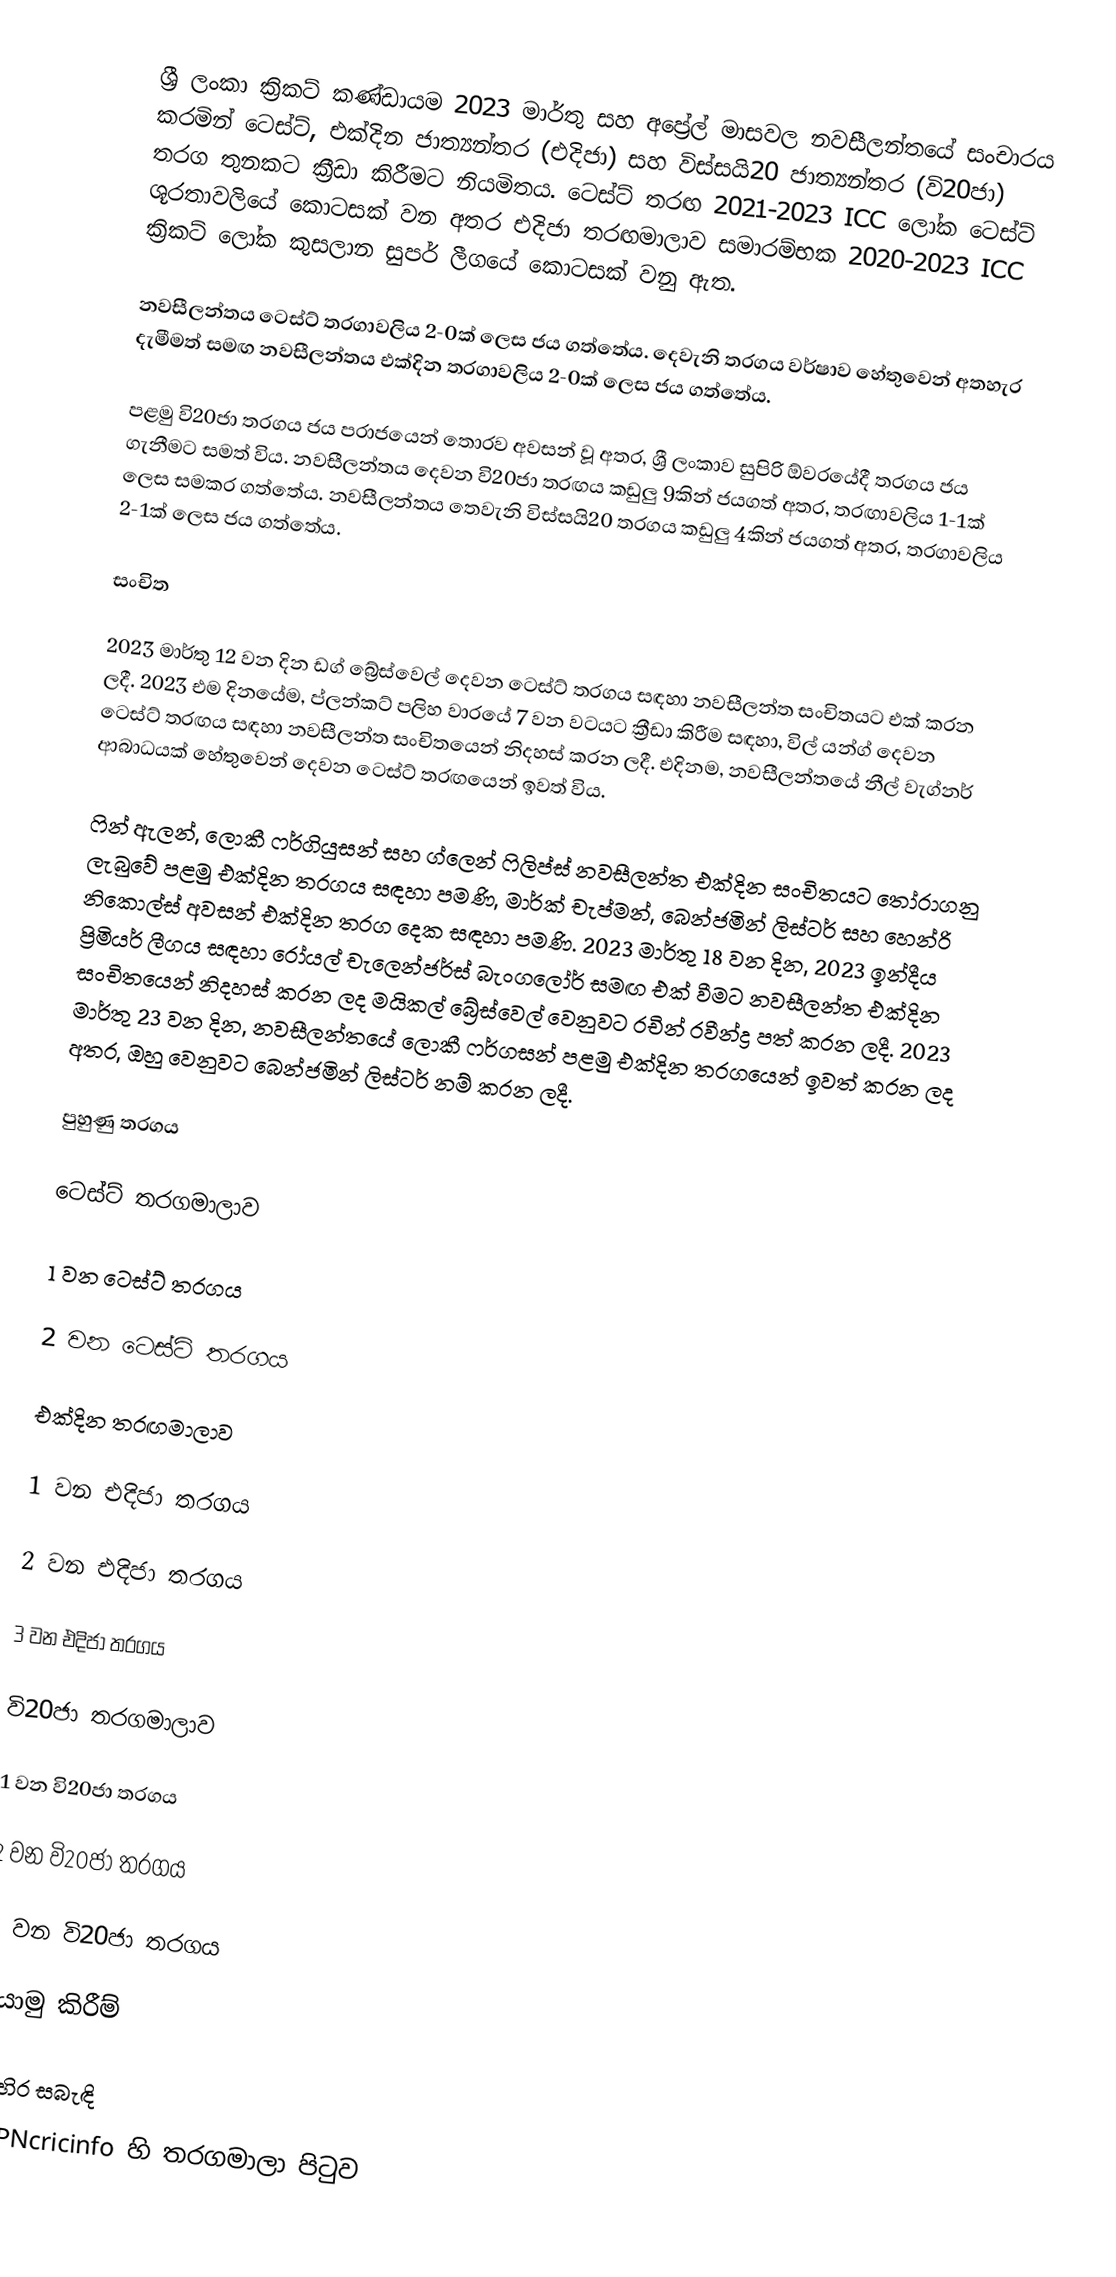
ශ්‍රී ලංකා ක්‍රිකට් කණ්ඩායම 2023 මාර්තු සහ අප්‍රේල් මාසවල නවසීලන්තයේ සංචාරය කරමින් ටෙස්ට්, එක්දින ජාත්‍යන්තර (එදිජා) සහ විස්සයි20 ජාත්‍යන්තර (වි20ජා) තරග තුනකට ක්‍රීඩා කිරීමට නියමිතය. ටෙස්ට් තරඟ 2021-2023 ICC ලෝක ටෙස්ට් ශූරතාවලියේ කොටසක් වන අතර එදිජා තරඟමාලාව සමාරම්භක 2020-2023 ICC ක්‍රිකට් ලෝක කුසලාන සුපර් ලීගයේ කොටසක් වනු ඇත.

නවසීලන්තය ටෙස්ට් තරගාවලිය 2-0ක් ලෙස ජය ගත්තේය. දෙවැනි තරගය වර්ෂාව හේතුවෙන් අතහැර දැමීමත් සමඟ නවසීලන්තය එක්දින තරගාවලිය 2-0ක් ලෙස ජය ගත්තේය.

පළමු වි20ජා තරගය ජය පරාජයෙන් තොරව අවසන් වූ අතර, ශ්‍රී ලංකාව සුපිරි ඕවරයේදී තරගය ජය ගැනීමට සමත් විය. නවසීලන්තය දෙවන වි20ජා තරඟය කඩුලු 9කින් ජයගත් අතර, තරඟාවලිය 1-1ක් ලෙස සමකර ගත්තේය. නවසීලන්තය තෙවැනි විස්සයි20 තරගය කඩුලු 4කින් ජයගත් අතර, තරගාවලිය 2-1ක් ලෙස ජය ගත්තේය.

සංචිත

2023 මාර්තු 12 වන දින ඩග් බ්‍රේස්වෙල් දෙවන ටෙස්ට් තරගය සඳහා නවසීලන්ත සංචිතයට එක් කරන ලදී. 2023 එම දිනයේම, ප්ලන්කට් පලිහ වාරයේ 7 වන වටයට ක්‍රීඩා කිරීම සඳහා, විල් යන්ග් දෙවන ටෙස්ට් තරඟය සඳහා නවසීලන්ත සංචිතයෙන් නිදහස් කරන ලදී. එදිනම, නවසීලන්තයේ නීල් වැග්නර් ආබාධයක් හේතුවෙන් දෙවන ටෙස්ට් තරඟයෙන් ඉවත් විය.

ෆින් ඇලන්, ලොකී ෆර්ගියුසන් සහ ග්ලෙන් ෆිලිප්ස් නවසීලන්ත එක්දින සංචිතයට තෝරාගනු ලැබුවේ පළමු එක්දින තරගය සඳහා පමණි, මාර්ක් චැප්මන්, බෙන්ජමින් ලිස්ටර් සහ හෙන්රි නිකොල්ස් අවසන් එක්දින තරග දෙක සඳහා පමණි. 2023 මාර්තු 18 වන දින, 2023 ඉන්දීය ප්‍රිමියර් ලීගය සඳහා රෝයල් චැලෙන්ජර්ස් බැංගලෝර් සමඟ එක් වීමට නවසීලන්ත එක්දින සංචිතයෙන් නිදහස් කරන ලද මයිකල් බ්‍රේස්වෙල් වෙනුවට රචින් රවීන්ද්‍ර පත් කරන ලදී. 2023 මාර්තු 23 වන දින, නවසීලන්තයේ ලොකී ෆර්ගසන් පළමු එක්දින තරගයෙන් ඉවත් කරන ලද අතර, ඔහු වෙනුවට බෙන්ජමින් ලිස්ටර් නම් කරන ලදී.

පුහුණු තරගය

ටෙස්ට් තරගමාලාව

1 වන ටෙස්ට් තරගය

2 වන ටෙස්ට් තරගය

එක්දින තරඟමාලාව

1 වන එදිජා තරගය

2 වන එදිජා තරගය

3 වන එදිජා තරගය

වි20ජා තරගමාලාව

1 වන වි20ජා තරගය

2 වන වි20ජා තරගය

3 වන වි20ජා තරගය

යොමු කිරීම්

බාහිර සබැඳි
ESPNcricinfo හි තරගමාලා පිටුව